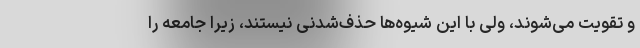
و تقویت می‌شوند، ولی با این شیوه‌ها حذف‌شدنی نیستند، زیرا جامعه را